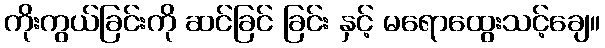
ကိုးကွယ်ခြင်းကို ဆင်ခြင် ခြင်း နှင့် မရောထွေးသင့်ချေ။